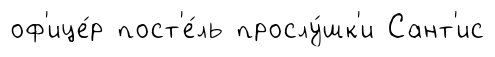
оф'ице́р пост'е́ль прослу́шк'и Сант'ис